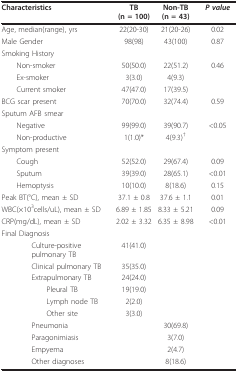
| Characteristics | TB (n = 100) | Non-TB (n = 43) | P value |
 | --- | --- | --- | --- |
 | Age, median(range), yrs | 22(20-30) | 21(20-26) | 0.02 |
 | Male Gender | 98(98) | 43(100) | 0.87 |
 | Smoking History |  |  |  |
 | Non-smoker | 50(50.0) | 22(51.2) | 0.46 |
 | Ex-smoker | 3(3.0) | 4(9.3) |  |
 | Current smoker | 47(47.0) | 17(39.5) |  |
 | BCG scar present | 70(70.0) | 32(74.4) | 0.59 |
 | Sputum AFB smear |  |  |  |
 | Negative | 99(99.0) | 39(90.7) | <0.05 |
 | Non-productive | 1(1.0)* | 4(9.3)† |  |
 | Symptom present |  |  |  |
 | Cough | 52(52.0) | 29(67.4) | 0.09 |
 | Sputum | 39(39.0) | 28(65.1) | <0.01 |
 | Hemoptysis | 10(10.0) | 8(18.6) | 0.15 |
 | Peak BT(°C), mean ± SD | 37.1 ± 0.8 | 37.6 ± 1.1 | 0.01 |
 | WBC(×103cells/uL), mean ± SD | 6.89 ± 1.85 | 8.33 ± 5.21 | 0.09 |
 | CRP(mg/dL), mean ± SD | 2.02 ± 3.32 | 6.35 ± 8.98 | <0.01 |
 | Final Diagnosis |  |  |  |
 | Culture-positive pulmonary TB | 41(41.0) |  |  |
 | Clinical pulmonary TB | 35(35.0) |  |  |
 | Extrapulmonary TB | 24(24.0) |  |  |
 | Pleural TB | 19(19.0) |  |  |
 | Lymph node TB | 2(2.0) |  |  |
 | Other site | 3(3.0) |  |  |
 | Pneumonia |  | 30(69.8) |  |
 | Paragonimiasis |  | 3(7.0) |  |
 | Empyema |  | 2(4.7) |  |
 | Other diagnoses |  | 8(18.6) |  |